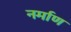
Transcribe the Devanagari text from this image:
नर्माण